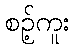
စဉ့်ကူး